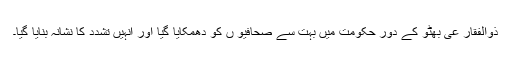
ذوالفقار عی بھٹو کے دور حکومت میں بہت سے صحافیو ں کو دھمکایا گیا اور انہیں تشدد کا نشانہ بنایا گیا۔